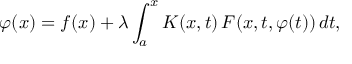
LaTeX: \varphi ( x ) = f ( x ) + \lambda \int _ { a } ^ { x } K ( x , t ) \, F ( x , t , \varphi ( t ) ) \, d t ,